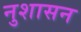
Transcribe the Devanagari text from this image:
नुशासन